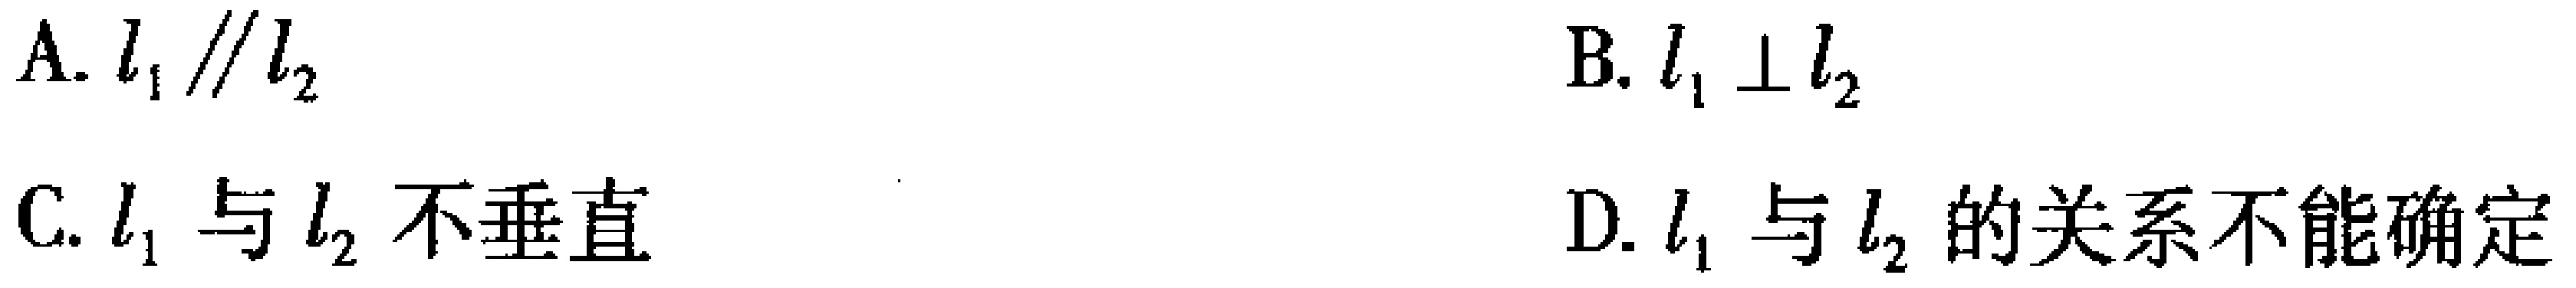
A. \(l_{1}\parallel l_{2}\)
B. \(l_{1}\perp l_{2}\)
C. \(l_{1}\) 与 \(l_{2}\) 不垂直
D. \(l_{1}\) 与 \(l_{2}\) 的关系不能确定